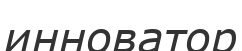
инноватор